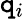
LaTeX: \mathtt{q}_{i}